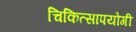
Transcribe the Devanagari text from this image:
चिकित्सापयोगी